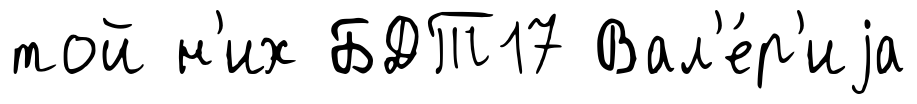
той н'их БДТ17 Вал'е́р'иjа